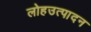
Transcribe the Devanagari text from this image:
लोहउत्पादन